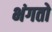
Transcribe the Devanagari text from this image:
भंगतो